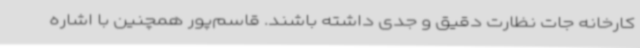
کارخانه جات نظارت دقیق و جدی داشته باشند. قاسم‌پور همچنین با اشاره